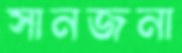
সানজনা